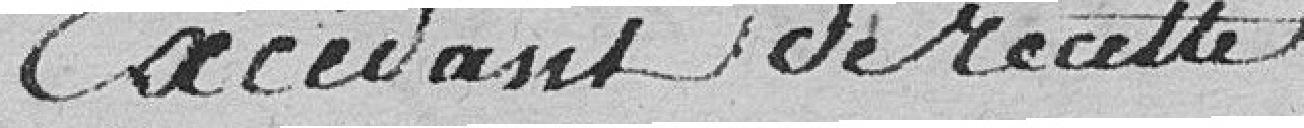
Excédent de recette